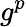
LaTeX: g^{p}